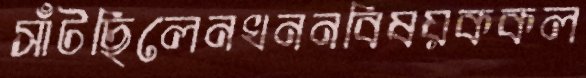
সাঁটছিলেনখননবিষয়ককল